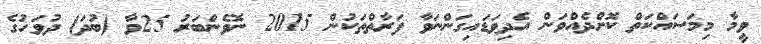
ވީމާ މިމަސައްކަތް ކޮށްދެއްވަން އެދިވަޑައިގަންނަވާ ފަރާތްތަކުން 2015 ނޮވެންބަރު 25ވާ (ބުދަ) ދުވަހުގެ